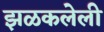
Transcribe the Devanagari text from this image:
झळकलेली